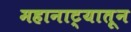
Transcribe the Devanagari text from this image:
महानाट्यातून